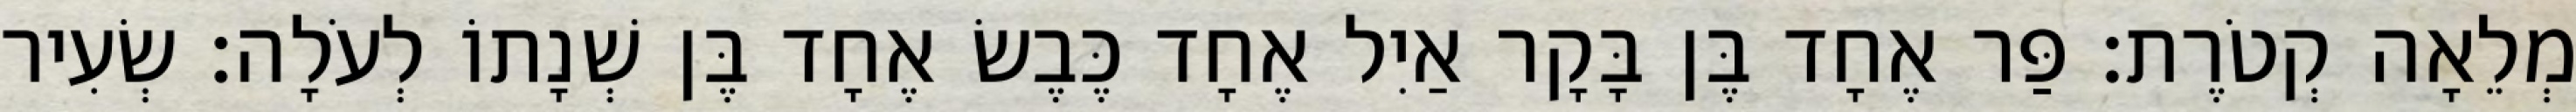
מְלֵאָה קְטֹרֶת׃ פַּר אֶחָד בֶּן בָּקָר אַיִל אֶחָד כֶּבֶשׂ אֶחָד בֶּן שְׁנָתוֹ לְעֹלָה׃ שְׂעִיר